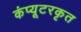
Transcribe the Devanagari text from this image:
कंप्यूटरकृत